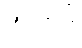
အာရုံခံ